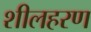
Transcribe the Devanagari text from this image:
शीलहरण